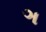
ઞ